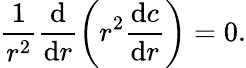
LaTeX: \frac{1}{r^{2}}\frac{\mathrm{d}}{\mathrm{d}r}\left(r^{2}\frac{\mathrm{d}c}{\mathrm{d}r}\right)=0.